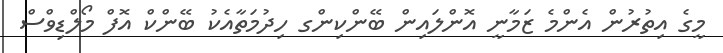
މީގެ އިތުރުން އެންމެ ޒަމާނީ އޮންލައިން ބޭންކިންގ ހިދުމަތާއެކު ބޭންކް އޮފް މޯލްޑިވްސް